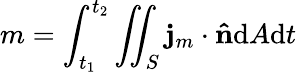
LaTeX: m=\int_{t_{1}}^{t_{2}}\iint_{S}\mathbf{j}_{m}\cdot\mathbf{\hat{n}}\mathrm{{d}}A\mathrm{{d}}t